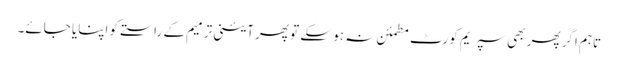
تاہم اگر پھر بھی سپریم کورٹ مطمئن نہ ہو سکے تو پھر آئینی ترمیم کے راستے کو اپنایا جائے۔